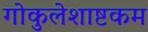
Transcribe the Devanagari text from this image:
गोकुलेशाष्टकम